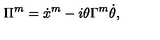
\Pi ^ { m } = \dot { x } ^ { m } - i \theta \Gamma ^ { m } \dot { \theta } ,